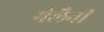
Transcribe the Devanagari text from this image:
मेलैनी